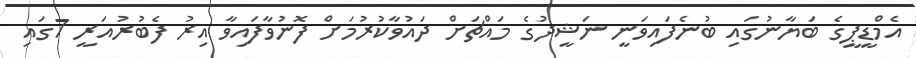
އެމްޑީޕީގެ ބަޔާނުގައި ބުނެފައިވަނީ ނަޝީދުގެ މައްޗަށް ދައުވާކުރުމަށް ފޮނުވާފައިވާ އިރު ފެބުރުއަރީ 7ގައި